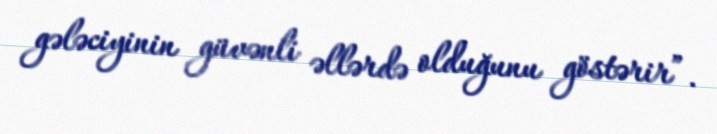
gələciyinin güvənli əllərdə olduğunu göstərir”.